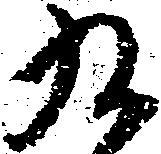
九